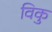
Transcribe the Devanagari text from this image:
विकु